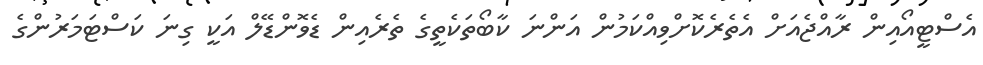
އެސްޓީއޯއިން ރާއްޖެއަށް އެތެރެކޮށްވިއްކަމުން އަންނަ ކާބޯތަކެތީގެ ތެރެއިން ޑެވޮންޑޭލް އަކީ ގިނަ ކަސްޓަމަރުންގެ